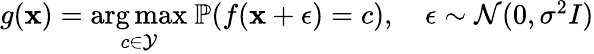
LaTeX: \begin{array}{r}{g(\mathbf{x})=\underset{c\in\mathcal Y}{\arg\operatorname*{max}}~\mathbb P(f(\mathbf{x}+\epsilon)=c),\quad\epsilon\sim\mathcal N(0,\sigma^{2}I)}\end{array}